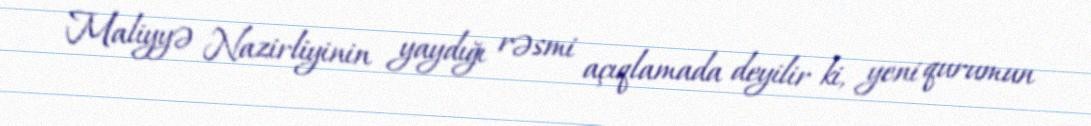
Maliyyə Nazirliyinin yaydığı rəsmi açıqlamada deyilir ki, yeni qurumun